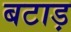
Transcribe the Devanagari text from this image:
बटाड़